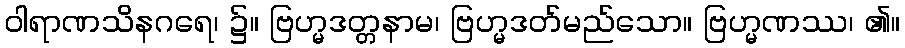
ဝါရာဏသိနဂရေ၊ ၌။ ဗြဟ္မဒတ္တနာမ၊ ဗြဟ္မဒတ်မည်သော။ ဗြဟ္မဏဿ၊ ၏။